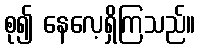
စု၍ နေလေ့ရှိကြသည်။